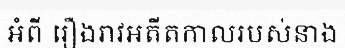
អំពី រឿងរាវអតីតកាលរបស់នាង